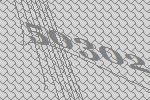
50302